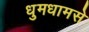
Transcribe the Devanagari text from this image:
धुमधामसे